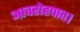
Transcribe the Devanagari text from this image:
आवरोहपात।